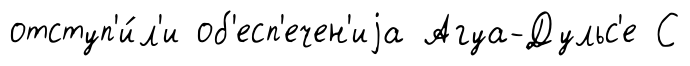
отступ'и́л'и об'есп'ечен'иjа Агуа-Дульс'е С